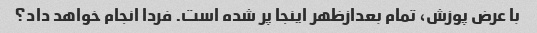
با عرض پوزش، تمام بعدازظهر اینجا پر شده است. فردا انجام خواهد داد؟